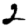
Digit: 2